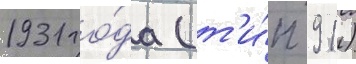
1931 го́да (т'и́п 91)